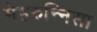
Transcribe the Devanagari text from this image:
मेहरुन्‍निसा